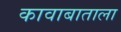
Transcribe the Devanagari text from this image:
कावाबाताला